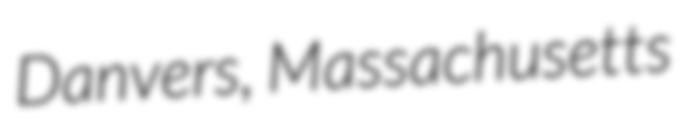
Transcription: Danvers, Massachusetts